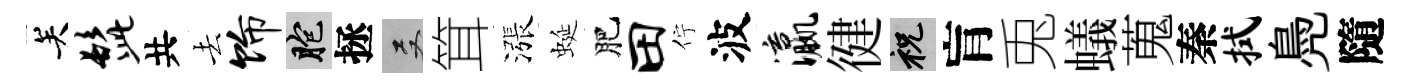
关髭共去饰胞拯双䇯漲蜒肥田佇波瀛徤祝肓兎蟻蒐秦拭鳧隨